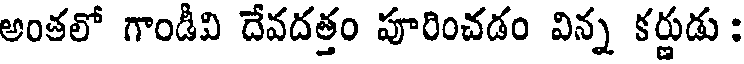
అంతలో గాండీవి దేవదత్తం పూరించడం విన్న కర్ణుడు :